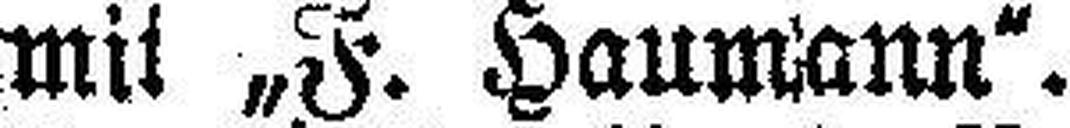
mit „F. Haumann".